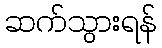
ဆက်သွားရန်